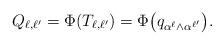
LaTeX: \begin{align*}Q_{\ell,\ell'} = \Phi(T_{\ell,\ell'}) = \Phi \bigl(q_{\alpha^\ell\wedge \alpha^{\ell'}} \bigr).\end{align*}